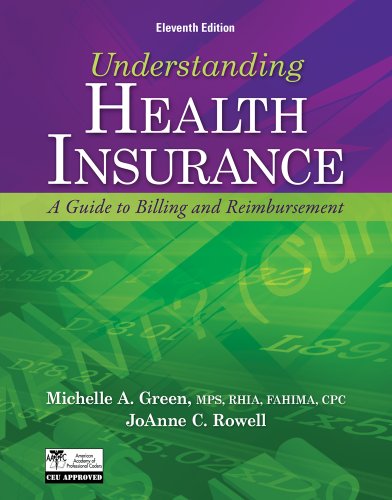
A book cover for Understanding Health Insurance (Book Only); Michelle A. Green; Law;